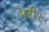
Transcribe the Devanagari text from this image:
मरी।